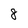
Character: 8